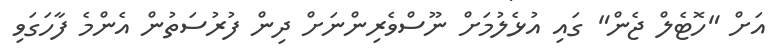
އަށް "ހޮޓެލް ޖެން" ގައި އުޅެލުމަށް ނޫސްވެރިންނަށް ދިން ފުރުސަތުން އެންމެ ފާހަގަވި